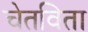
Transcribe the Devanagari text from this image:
चेतविता